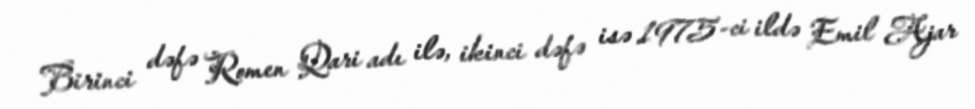
Birinci dəfə Romen Qari adı ilə, ikinci dəfə isə 1975-ci ildə Emil Ajar